Document type: Clause in a will
Year: 1320
Scribe: Francesc de Torre
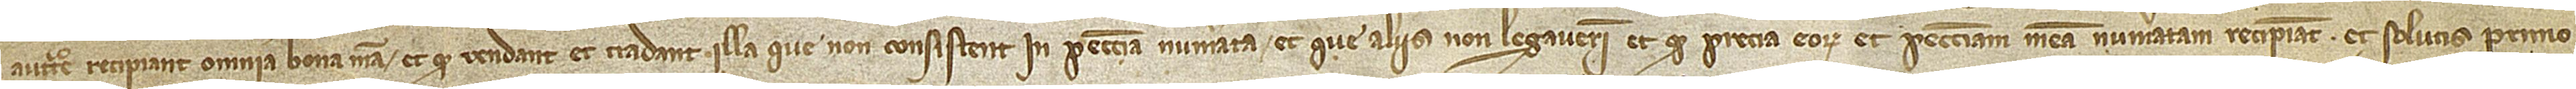
auctoritate recipiant omnia bona mea, et quod vendant et tradant illa que non consistent in peccunia numerata et que aliis non legaverim et quod precia eorum et peccuniam meam numeratam recipiant. Et solutis primo